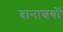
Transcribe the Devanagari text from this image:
दानाश्रयों